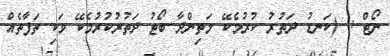
ނޯޓް : (ކަނޑު ދަތުރު ކުރުމެކޭ މަތިންދާ ބޯޓު ދަތުރުކުރުމެކޭ ވަކި ތަފާތެއް